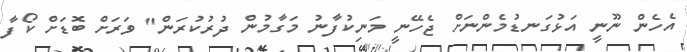
އެހެން ނޫނީ އަޅުގަނޑުމެންނަށް ޖެހޭނީ މަނިކުފާނު މަގާމުން ދުރުކުރަން" ވަރަށް ބޮޑަށް ކޯފާ